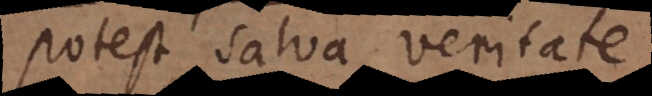
potest salva veritate,